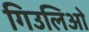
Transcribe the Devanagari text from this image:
गिउलिओ